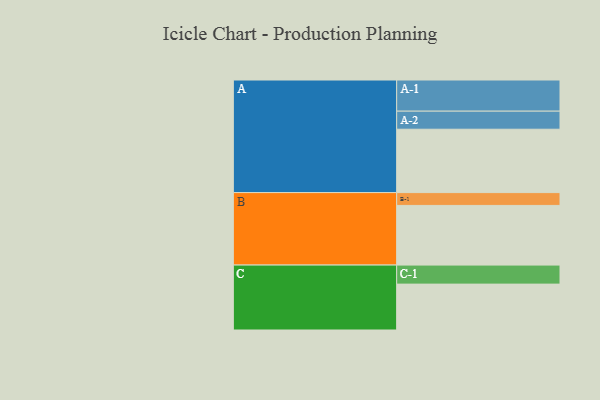
{"axis": {"x": "Segment", "y": "Value"}, "legend": ["", "A", "B", "C"], "data": [{"x": "A", "y": 529, "type": ""}, {"x": "B", "y": 498, "type": ""}, {"x": "C", "y": 383, "type": ""}, {"x": "A-1", "y": 260, "type": "A"}, {"x": "A-2", "y": 151, "type": "A"}, {"x": "B-1", "y": 107, "type": "B"}, {"x": "C-1", "y": 159, "type": "C"}]}